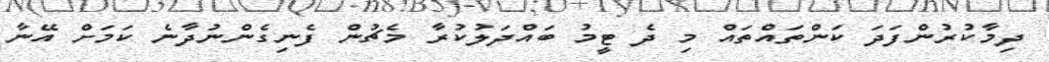
ދިމާކުރުންފަދަ ކަންތައްތައް މި ދެ ޓީމު ބައްދަލުކުރާ މެޗުން ފެނިގެންނުދާނެ ކަމަށް އޭނާ